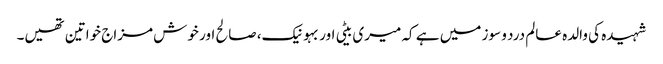
شہیدہ کی والدہ عالم درد و سوز میں ہے کہ میری بیٹی اور بہو نیک، صالح اور خوش مزاج خواتین تھیں۔